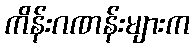
ကိန်းဂဏန်းများက